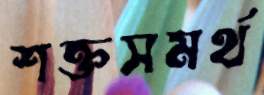
শক্তসমর্থ